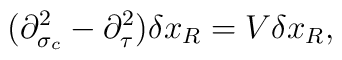
(\partial^2_{\sigma_c}-\partial^2_\tau)\delta x_R=V\delta x_R,